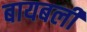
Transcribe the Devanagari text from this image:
बायबली